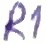
Text: R1